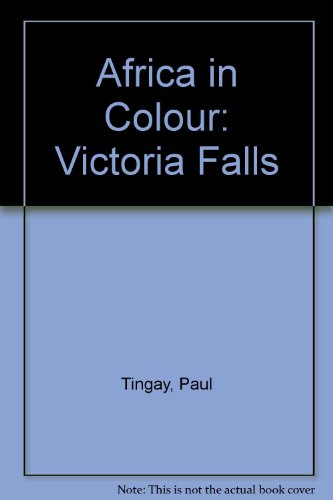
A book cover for Africa in Colour: Victoria Falls; Paul Tingay; Travel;